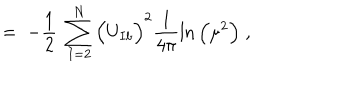
= \; - \frac { 1 } { 2 } \; \sum _ { I = 2 } ^ { N } \Big ( U _ { I b } \Big ) ^ { 2 } \frac { 1 } { 4 \pi } \ln \Big ( \mu ^ { 2 } \Big ) \; ,